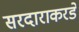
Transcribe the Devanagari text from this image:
सरदाराकरडे